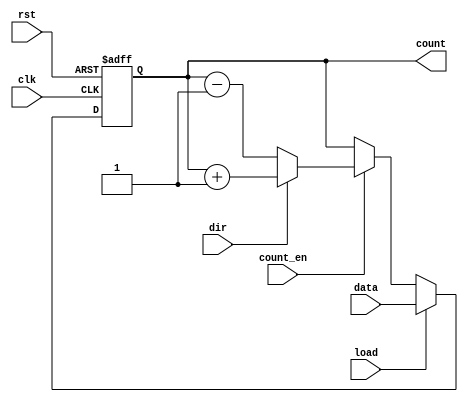
module synchronous_load_counter (
    input wire clk,           // Clock signal
    input wire rst,           // Reset signal (active high)
    input wire load,          // Load signal (active high)
    input wire [7:0] data,    // Data input for loading
    input wire count_en,      // Count enable signal
    input wire dir,           // Direction signal (1 for up, 0 for down)
    output reg [7:0] count    // Current counter value
);
    
    // Counter behavior
    always @(posedge clk or posedge rst) begin
        if (rst) begin
            count <= 8'b0;    // Reset counter to zero
        end else if (load) begin
            count <= data;    // Load specified value into counter
        end else if (count_en) begin
            if (dir) begin
                count <= count + 1;  // Count up
            end else begin
                count <= count - 1;  // Count down
            end
        end
    end

endmodule